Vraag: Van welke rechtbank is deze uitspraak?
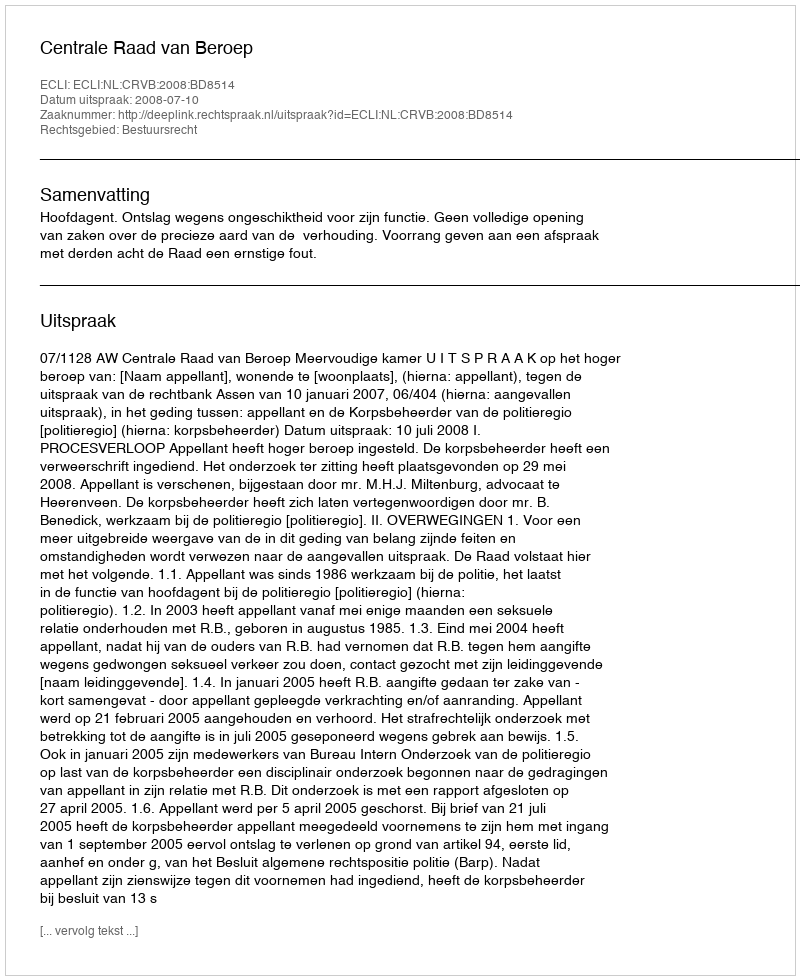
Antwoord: Centrale Raad van Beroep